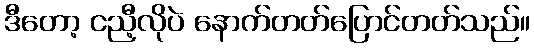
ဒီတော့ ငညီ့လိုပဲ နောက်တတ်ပြောင်တတ်သည်။